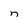
Character: n